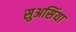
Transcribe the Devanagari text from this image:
सुअसिंया